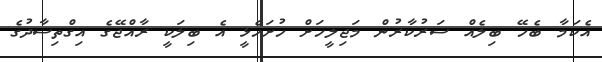
އެކަމާ ބެހޭ ބިލެއް ސަރުކާރުން މަޖިލީހަށް ހުށަހެޅީ އެ ބިލަކީ ރާއްޖޭގެ އިގްތިސާދުގެ